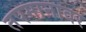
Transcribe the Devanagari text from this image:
तपमानावर